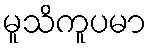
မူသိကူပမာ